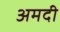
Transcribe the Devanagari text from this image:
अमदी